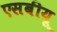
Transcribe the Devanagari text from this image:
एसबीयू